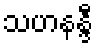
သဟနန္ဒီ